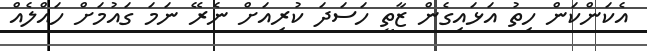
އެކަންކަން ހިތު އަޅައިގެން ޒާތީ ހަސަދަ ކުރިއަށް ނެރޭ ނަމަ ގައުމަށް ހައްލެއް